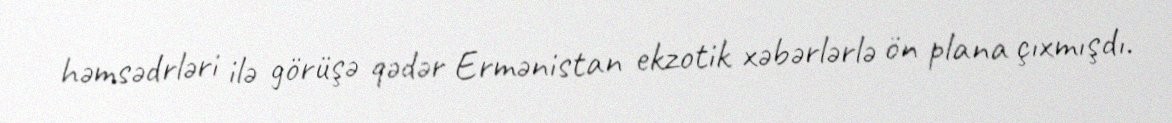
həmsədrləri ilə görüşə qədər Ermənistan ekzotik xəbərlərlə ön plana çıxmışdı.